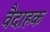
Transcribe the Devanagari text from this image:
वैदाहक